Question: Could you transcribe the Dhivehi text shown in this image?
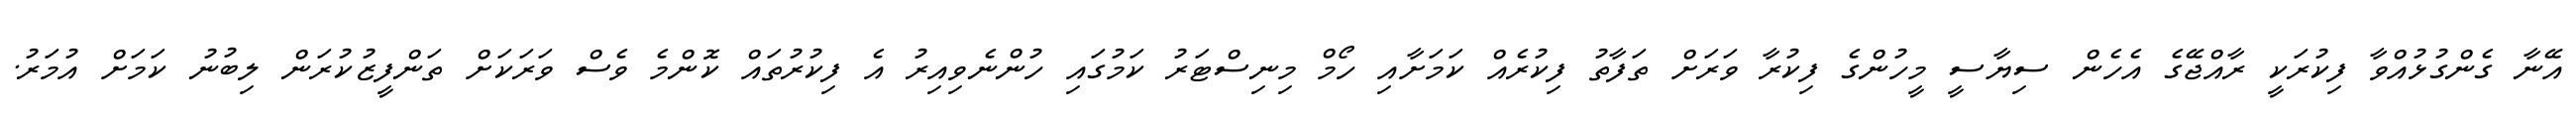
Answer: އޭނާ ގެންގުޅުއްވާ ފިކުރަކީ ރާއްޖޭގެ އެހެން ސިޔާސީ މީހުންގެ ފިކުރާ ވަރަށް ތަފާތު ފިކުރެއް ކަމަށާއި ހޯމް މިނިސްޓަރު ކަމުގައި ހުންނެވިއިރު އެ ފިކުރުތައް ކޮންމެ ވެސް ވަރަކަށް ތަންފީޒުކުރަން ލިބުނު ކަމަށް އުމަރު.